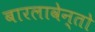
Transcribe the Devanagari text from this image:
बारलावेन्तो